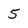
Character: 5